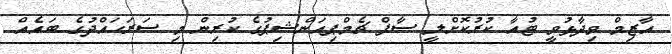
އާޒިމް ވިދާޅުވީ ޓުއާ ކުރުކޮށްލީ ސާފް ޗެމްޕިއަންޝިޕުގެ ކުރިން މި ސަރަހައްދުގެ ބައެއް